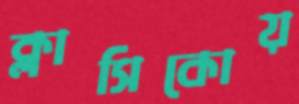
ক্লাসিকোয়